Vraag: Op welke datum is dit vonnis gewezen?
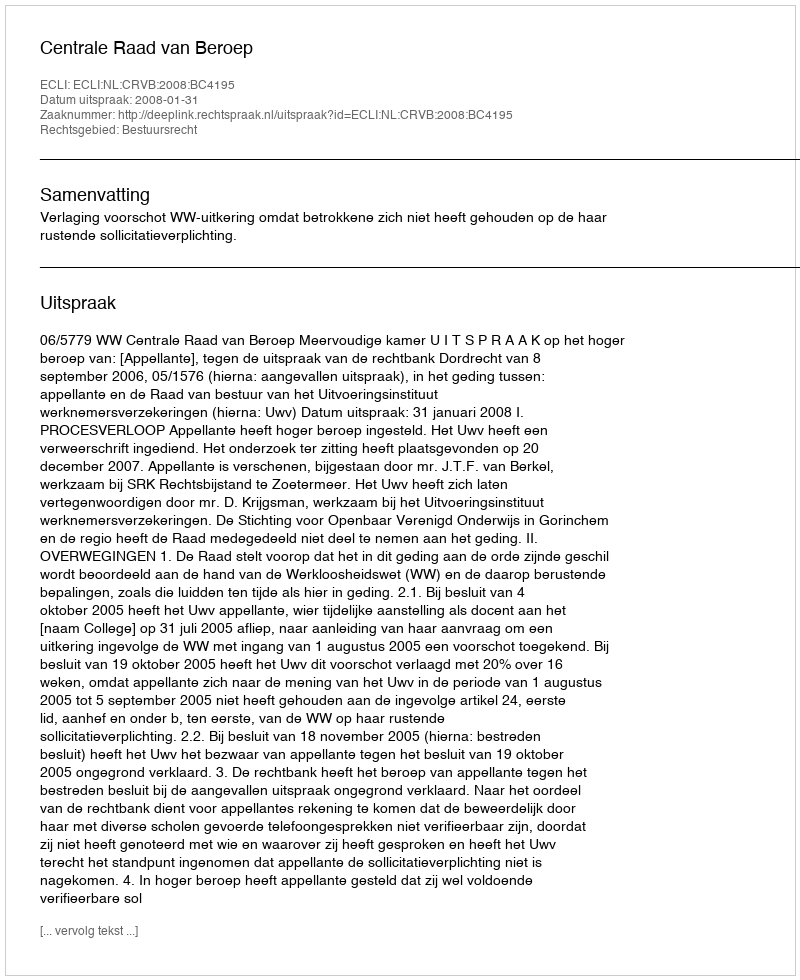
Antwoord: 2008-01-31